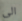
الى